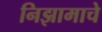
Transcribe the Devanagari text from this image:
निझामाचे